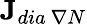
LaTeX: \textbf{J}_{dia\ \nabla N}